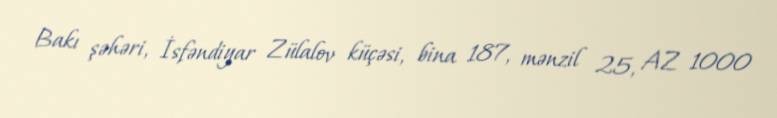
Bakı şəhəri, İsfəndiyar Zülalov küçəsi, bina 187, mənzil 25, AZ 1000